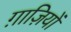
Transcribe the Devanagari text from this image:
ग़ाज़ियों